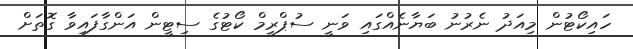
ހައިކޯޓުން މިއަދު ނެރުނު ބަޔާނެއްގައި ވަނީ ސުޕްރީމް ކޯޓުގެ ސިޓީން އަންގާފައިވާ ގޮތަށް